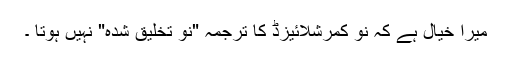
میرا خیال ہے کہ نو کمرشلائیزڈ کا ترجمہ "نو تخلیق شدہ" نہیں ہوتا ۔